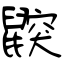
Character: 鼵